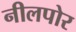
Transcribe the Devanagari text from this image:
नीलपोर